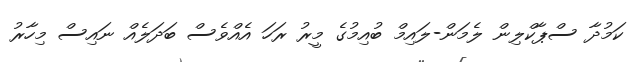
ކަމުދާ ސްޕާކްލިން ލެމަން-ލައިމް ބުއިމުގެ މީރު ރަހަ އެއްވެސް ބަދަލެއް ނައިސް މިހާރު